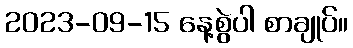
2023-09-15 နေ့စွဲပါ စာချုပ်။